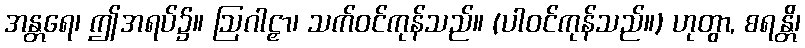
အန္တရေ၊ ဤအရပ်၌။ ဩဂါဠှာ၊ သက်ဝင်ကုန်သည်။ (ပါဝင်ကုန်သည်။) ဟုတွာ, စရန္တိ၊